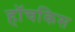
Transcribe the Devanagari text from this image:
हॉचकिस